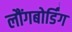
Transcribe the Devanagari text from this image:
लौंगबोर्डिंग